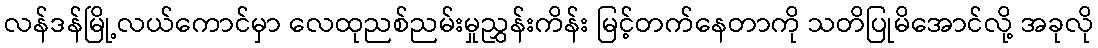
လန်ဒန်မြို့လယ်ကောင်မှာ လေထုညစ်ညမ်းမှုညွှန်းကိန်း မြင့်တက်နေတာကို သတိပြုမိအောင်လို့ အခုလို